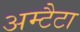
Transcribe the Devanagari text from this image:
अम्टैटा